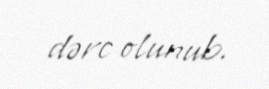
dərc olunub.